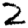
Digit: 2